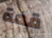
قمة